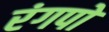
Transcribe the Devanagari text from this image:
रंगपो